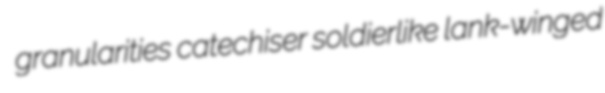
granularities catechiser soldierlike lank-winged